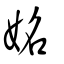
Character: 姳